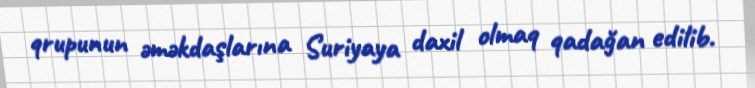
qrupunun əməkdaşlarına Suriyaya daxil olmaq qadağan edilib.